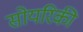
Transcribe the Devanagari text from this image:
सोयरिकी